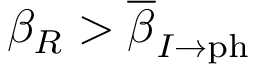
\beta _ { R } > \overline { { \beta } } _ { I \rightarrow \mathrm { p h } }